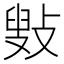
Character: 㪢